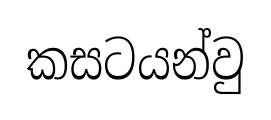
කසටයන්වු